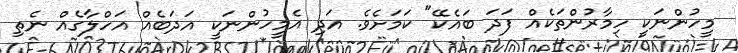
މީހުންނަކީ ހިމާރުންތަކެއް ފަދަ ބައެކޭ" ކަމަށެެވެ. އަދި އެމީހުންނަކީ އަދަބެއް އަހްލާގެއް ނެތި